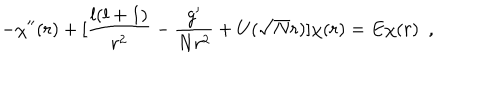
- \chi ^ { \prime \prime } ( r ) + [ \frac { l ( l + 1 ) } { r ^ { 2 } } - \frac { g ^ { \prime } } { N r ^ { 2 } } + U ( \sqrt { N } r ) ] \chi ( r ) = E \chi ( r ) \, \, \, ,